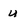
Character: u